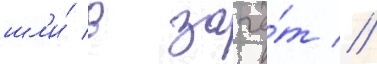
шл'и́ в зачё́т //